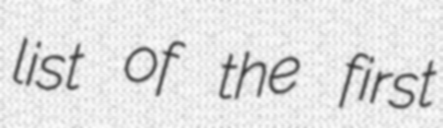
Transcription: list of the first